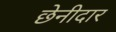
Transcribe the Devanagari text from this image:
छेनीदार